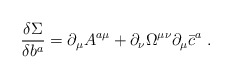
\begin{align*}\frac{\delta \Sigma }{\delta b^a}=\partial _\mu A^{a\mu }+\partial _\nu\Omega ^{\mu \nu }\partial _\mu \bar{c}^a\;. \end{align*}